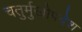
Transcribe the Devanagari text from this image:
चतुर्मुखोपदेश